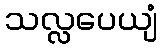
သလ္လပေယျံ